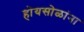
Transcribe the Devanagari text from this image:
होयसोळांना